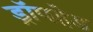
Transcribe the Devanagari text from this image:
ड्रॉपहेड